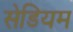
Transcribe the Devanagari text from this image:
सेडियम